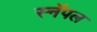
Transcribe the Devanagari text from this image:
स्नॅपल